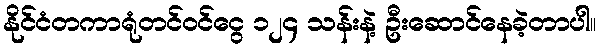
နိုင်ငံတကာရုံတင်ဝင်ငွေ ၁၂၄ သန်းနဲ့ ဦးဆောင်နေခဲ့တာပါ။